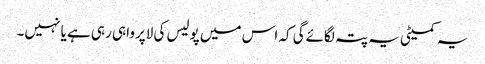
یہ کمیٹی یہ پتہ لگائےگی کہ اس میں پولیس کی لاپرواہی رہی ہے یا نہیں۔